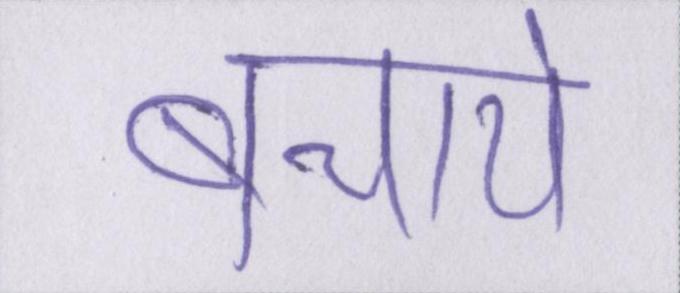
बचाये